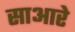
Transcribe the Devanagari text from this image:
साआरे